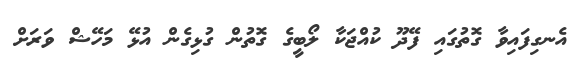
އެނގިފައިވާ ގޮތުގައި ފޭދޫ ކުއްޖަކާ ލޯބީގެ ގޮތުން ގުޅިގެން އުޅޭ މަހޭޝް ވަރަށް